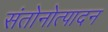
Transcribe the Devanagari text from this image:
संतोनोत्पादन